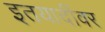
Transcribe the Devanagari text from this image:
इतयादींवर